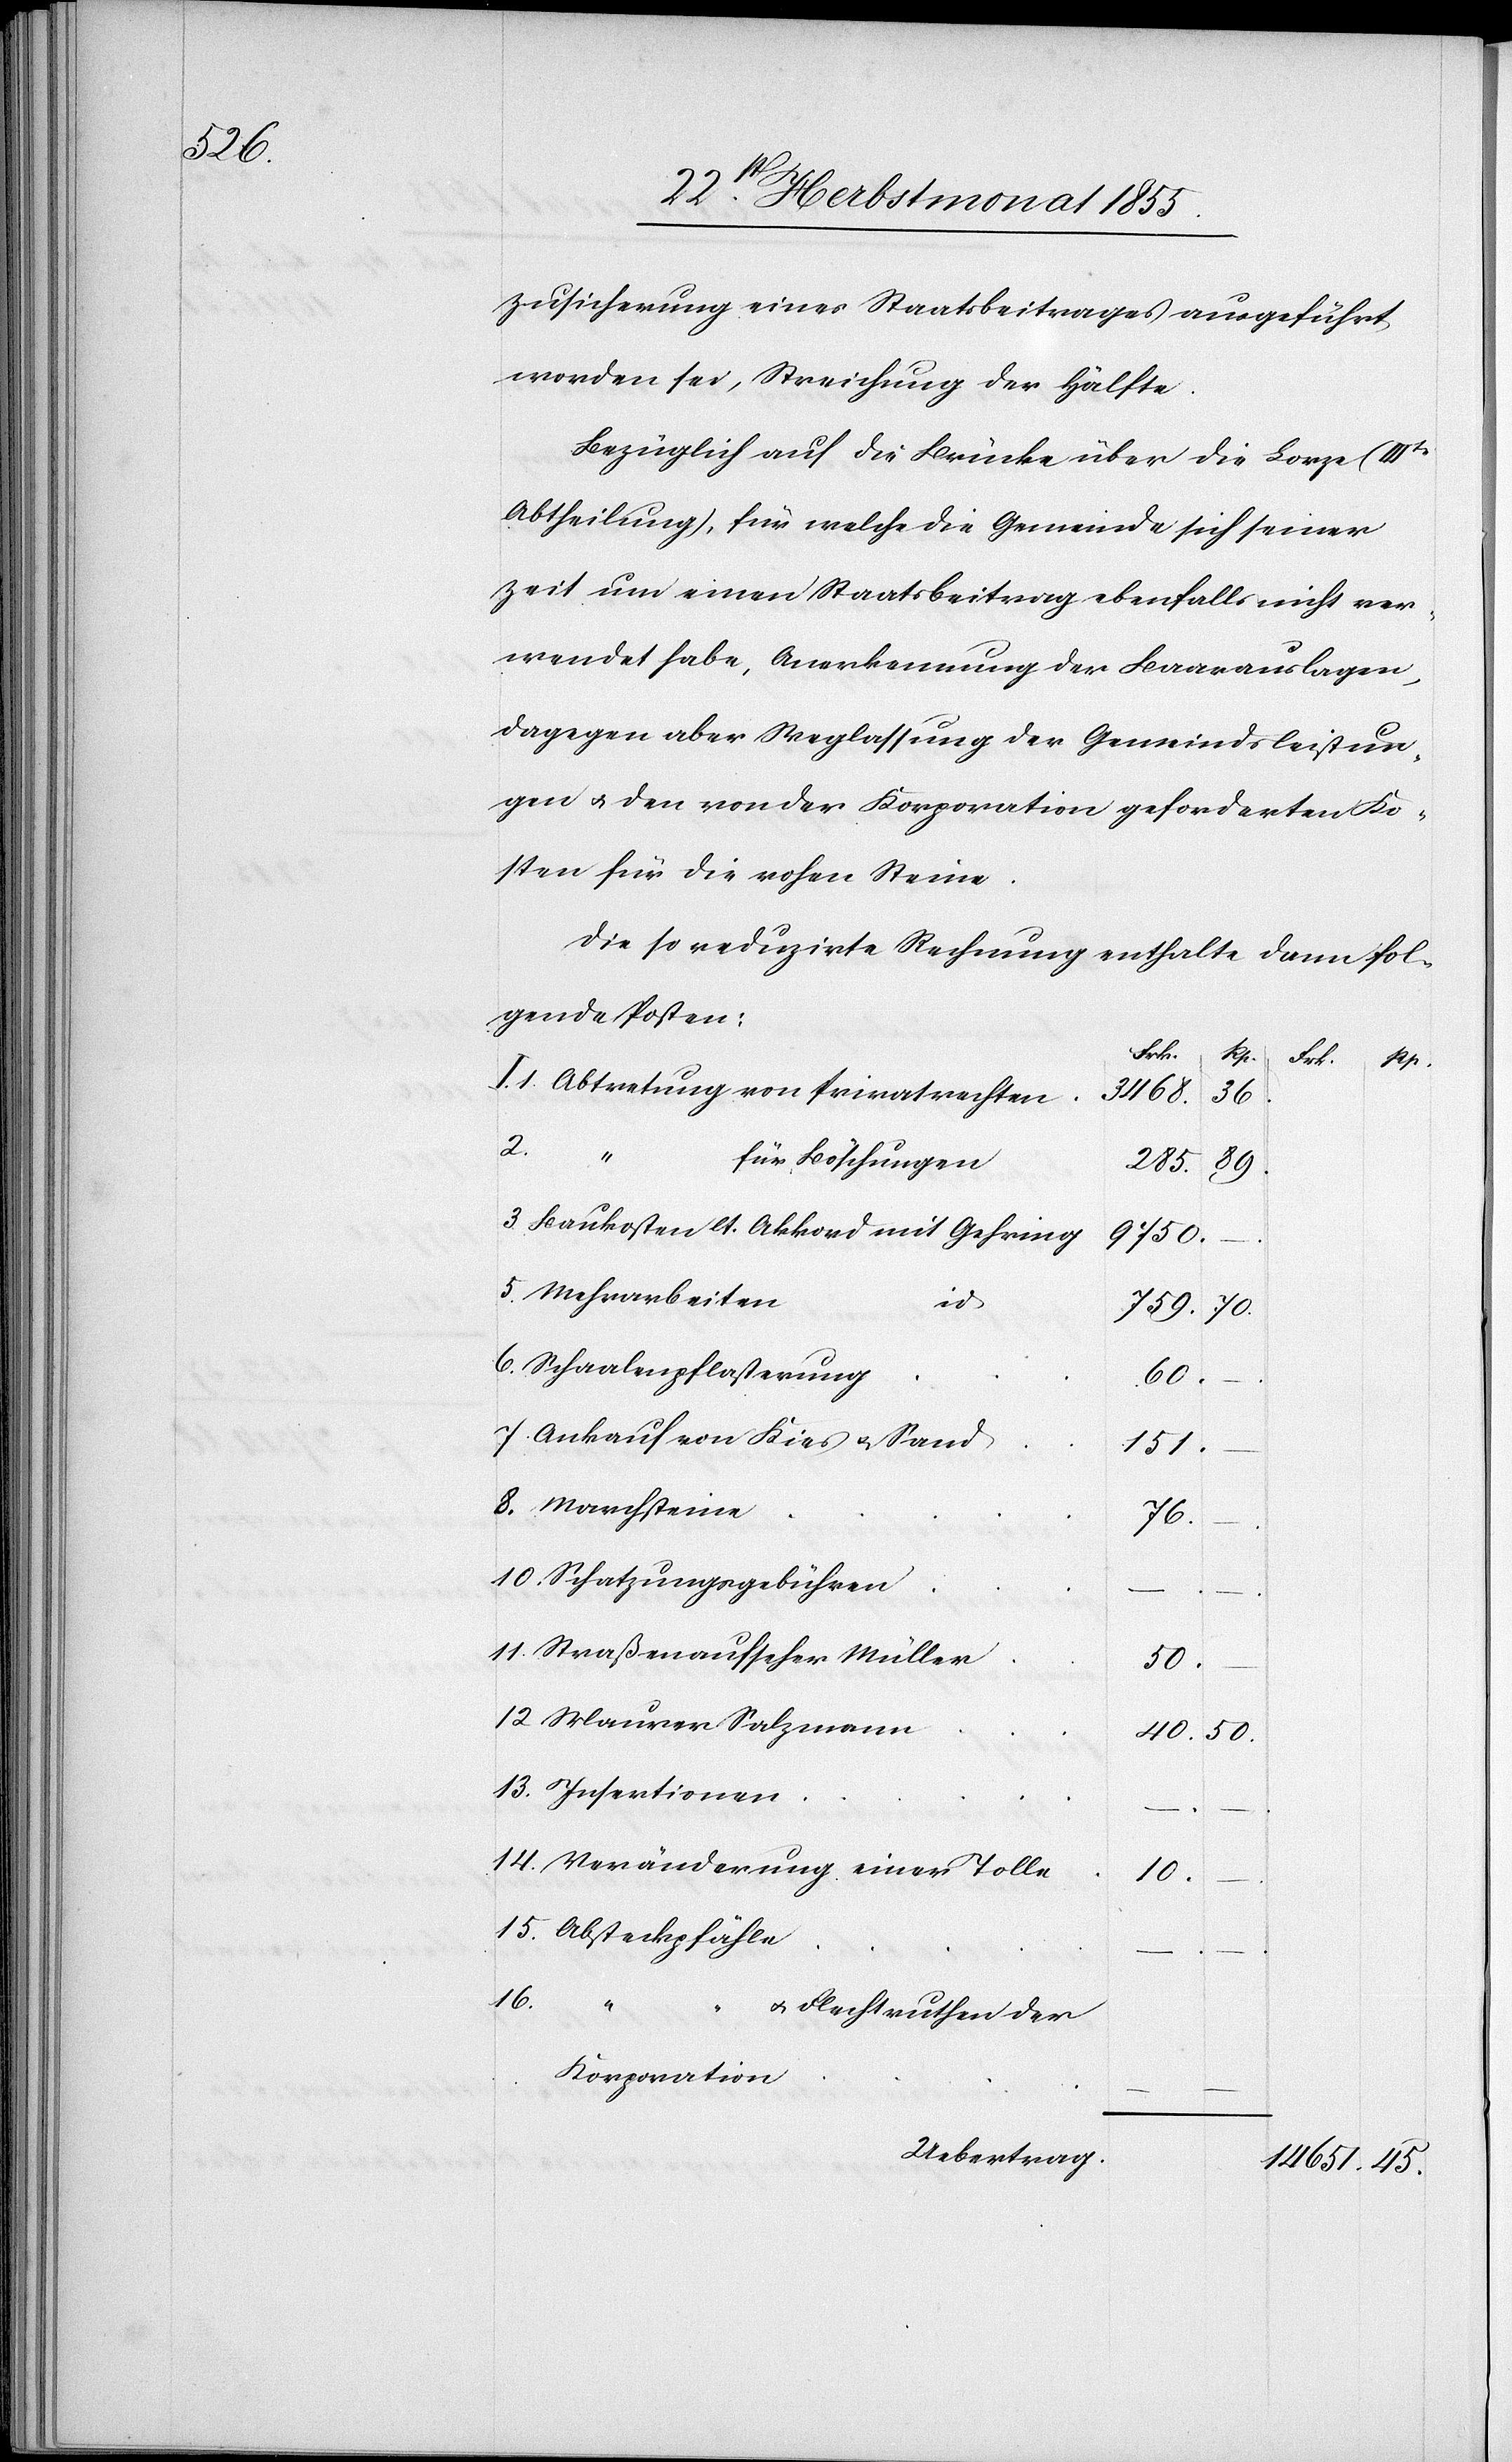
Zusicherung eines Staatsbeitrages ausgeführt
worden sei, Streichung der Hälfte.
Bezüglich auf die Brücke über die Lorze (IIIte
Abtheilung), für welche die Gemeinde sich seiner
Zeit um einen Staatsbeitrag ebenfalls nicht ver¬
wendet habe, Anerkennung der Baarauslagen,
dagegen aber Weglassung der Gemeindsleistun¬
gen & den von der Korporation geforderten Ko¬
sten für die rohen Steine.
Die so reduzirte Rechnung enthalte dann fol¬
gende Posten:
Frk.
Rp.
rtionen
14.
Abtretung von Privatrechten
3468.
Inse¬
36.
2.
für Böschungen
285.
89.
Baukosten lt. Akkord mit Gehring
9750.
Mehrarbeiten
id.
70.
7.
Schaalenpflasterung
60.
Ankauf von Kies & Sand
151.
76.
Schatzungsgebühren
Straßenaufseher Müller
50.
Maurer Salzmann
40.
Veränderung einer Tolle
5.
15.
Absteckpfähle
16.
8.
steine
& Flechtruthen der
Korporation
Uebertrag.
14 651.

45.